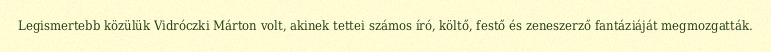
Legismertebb közülük Vidróczki Márton volt, akinek tettei számos író, költő, festő és zeneszerző fantáziáját megmozgatták.